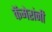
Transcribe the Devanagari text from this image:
कॅमेरांनी